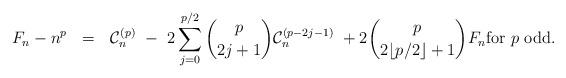
LaTeX: \begin{align*} F_n - n^p \ \ = \ \ \mathcal{C}_n^{(p)} \ - \ 2\sum_{j=0}^{p/2} \binom{p}{2j+1} \mathcal{C}_n^{(p-2j-1)} \ + 2 \binom{p}{2 \lfloor p/2 \rfloor + 1}F_n \mbox{for $p$ odd}.\end{align*}